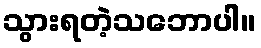
သွားရတဲ့သဘောပါ။